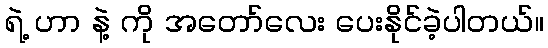
ရဲ့ ဟာ နဲ့ ကို အတော်လေး ပေးနိုင်ခဲ့ပါတယ်။